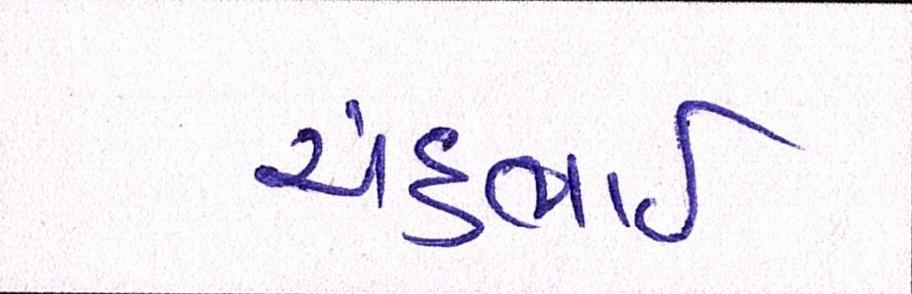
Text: ચંદુભાઈ